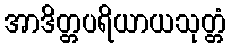
အာဒိတ္တပရိယာယသုတ္တံ